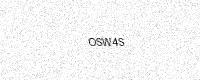
Text: OSW4S